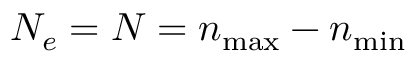
N _ { e } = N = n _ { \mathrm { m a x } } - n _ { \mathrm { m i n } }